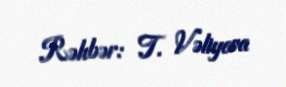
Rəhbər: T. Vəliyeva